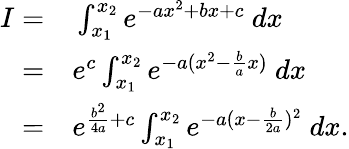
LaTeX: \begin{array}{rl}{I=}&{{}\int_{x_{1}}^{x_{2}}e^{-ax^{2}+bx+c}\ dx}\\ {=}&{{}e^{c}\int_{x_{1}}^{x_{2}}e^{-a(x^{2}-\frac{b}{a}x)}\ dx}\\ {=}&{{}e^{\frac{b^{2}}{4a}+c}\int_{x_{1}}^{x_{2}}e^{-a(x-\frac{b}{2a})^{2}}\ dx.}\end{array}